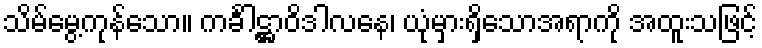
သိမ်မွေ့ကုန်သော။ ကင်္ခါဋ္ဌာဝိဒါလနေ၊ ယုံမှားရှိသောအရာကို အထူးသဖြင့်